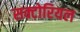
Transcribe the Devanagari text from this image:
सक्टोरियल